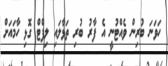
ހަވަނަ ބުރިން ވެއްޓުނީ އެ ފާރު ބުރި ތަޅާލައި ލިފްޓް ގޮޅި ހާމައަށް